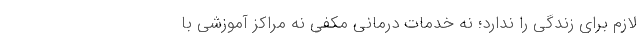
لازم برای زندگی را ندارد؛ نه خدمات درمانی مکفی نه مراکز آموزشی با